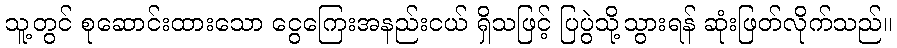
သူ့တွင် စုဆောင်းထားသော ငွေကြေးအနည်းငယ် ရှိသဖြင့် ပြပွဲသို့သွားရန် ဆုံးဖြတ်လိုက်သည်။